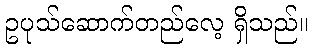
ဥပုသ်ဆောက်တည်လေ့ ရှိသည်။